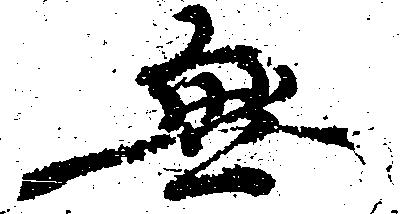
無